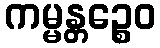
ကမ္မန္တဉ္စေဝ